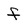
Character: f